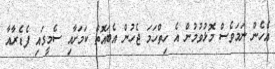
އެހެން ނަމަވެސް މޮޅުވުމުން އެ ހިތްހަމަ ޖެހުން އެބައޮތް ކަމަށާއި ސެމީގައި ފެޑެރާއާ